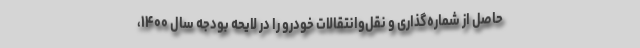
حاصل از شماره‌گذاری و نقل‌وانتقالات خودرو را در لایحه بودجه سال ۱۴۰۰،